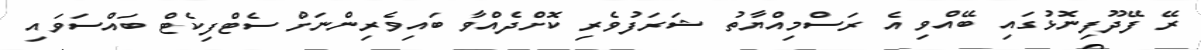
ރޭ ފޭދޫފިނޮޅުގައި ބޭއްވި އެ ރަސްމިއްޔާތު ޝަރަފުވެރި ކޮށްދެއްވާ ބައިވެރިންނަށް ސެޓްފިކެޓް ބައްސަވައި